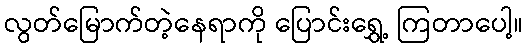
လွတ်မြောက်တဲ့နေရာကို ပြောင်းရွှေ့ ကြတာပေါ့။